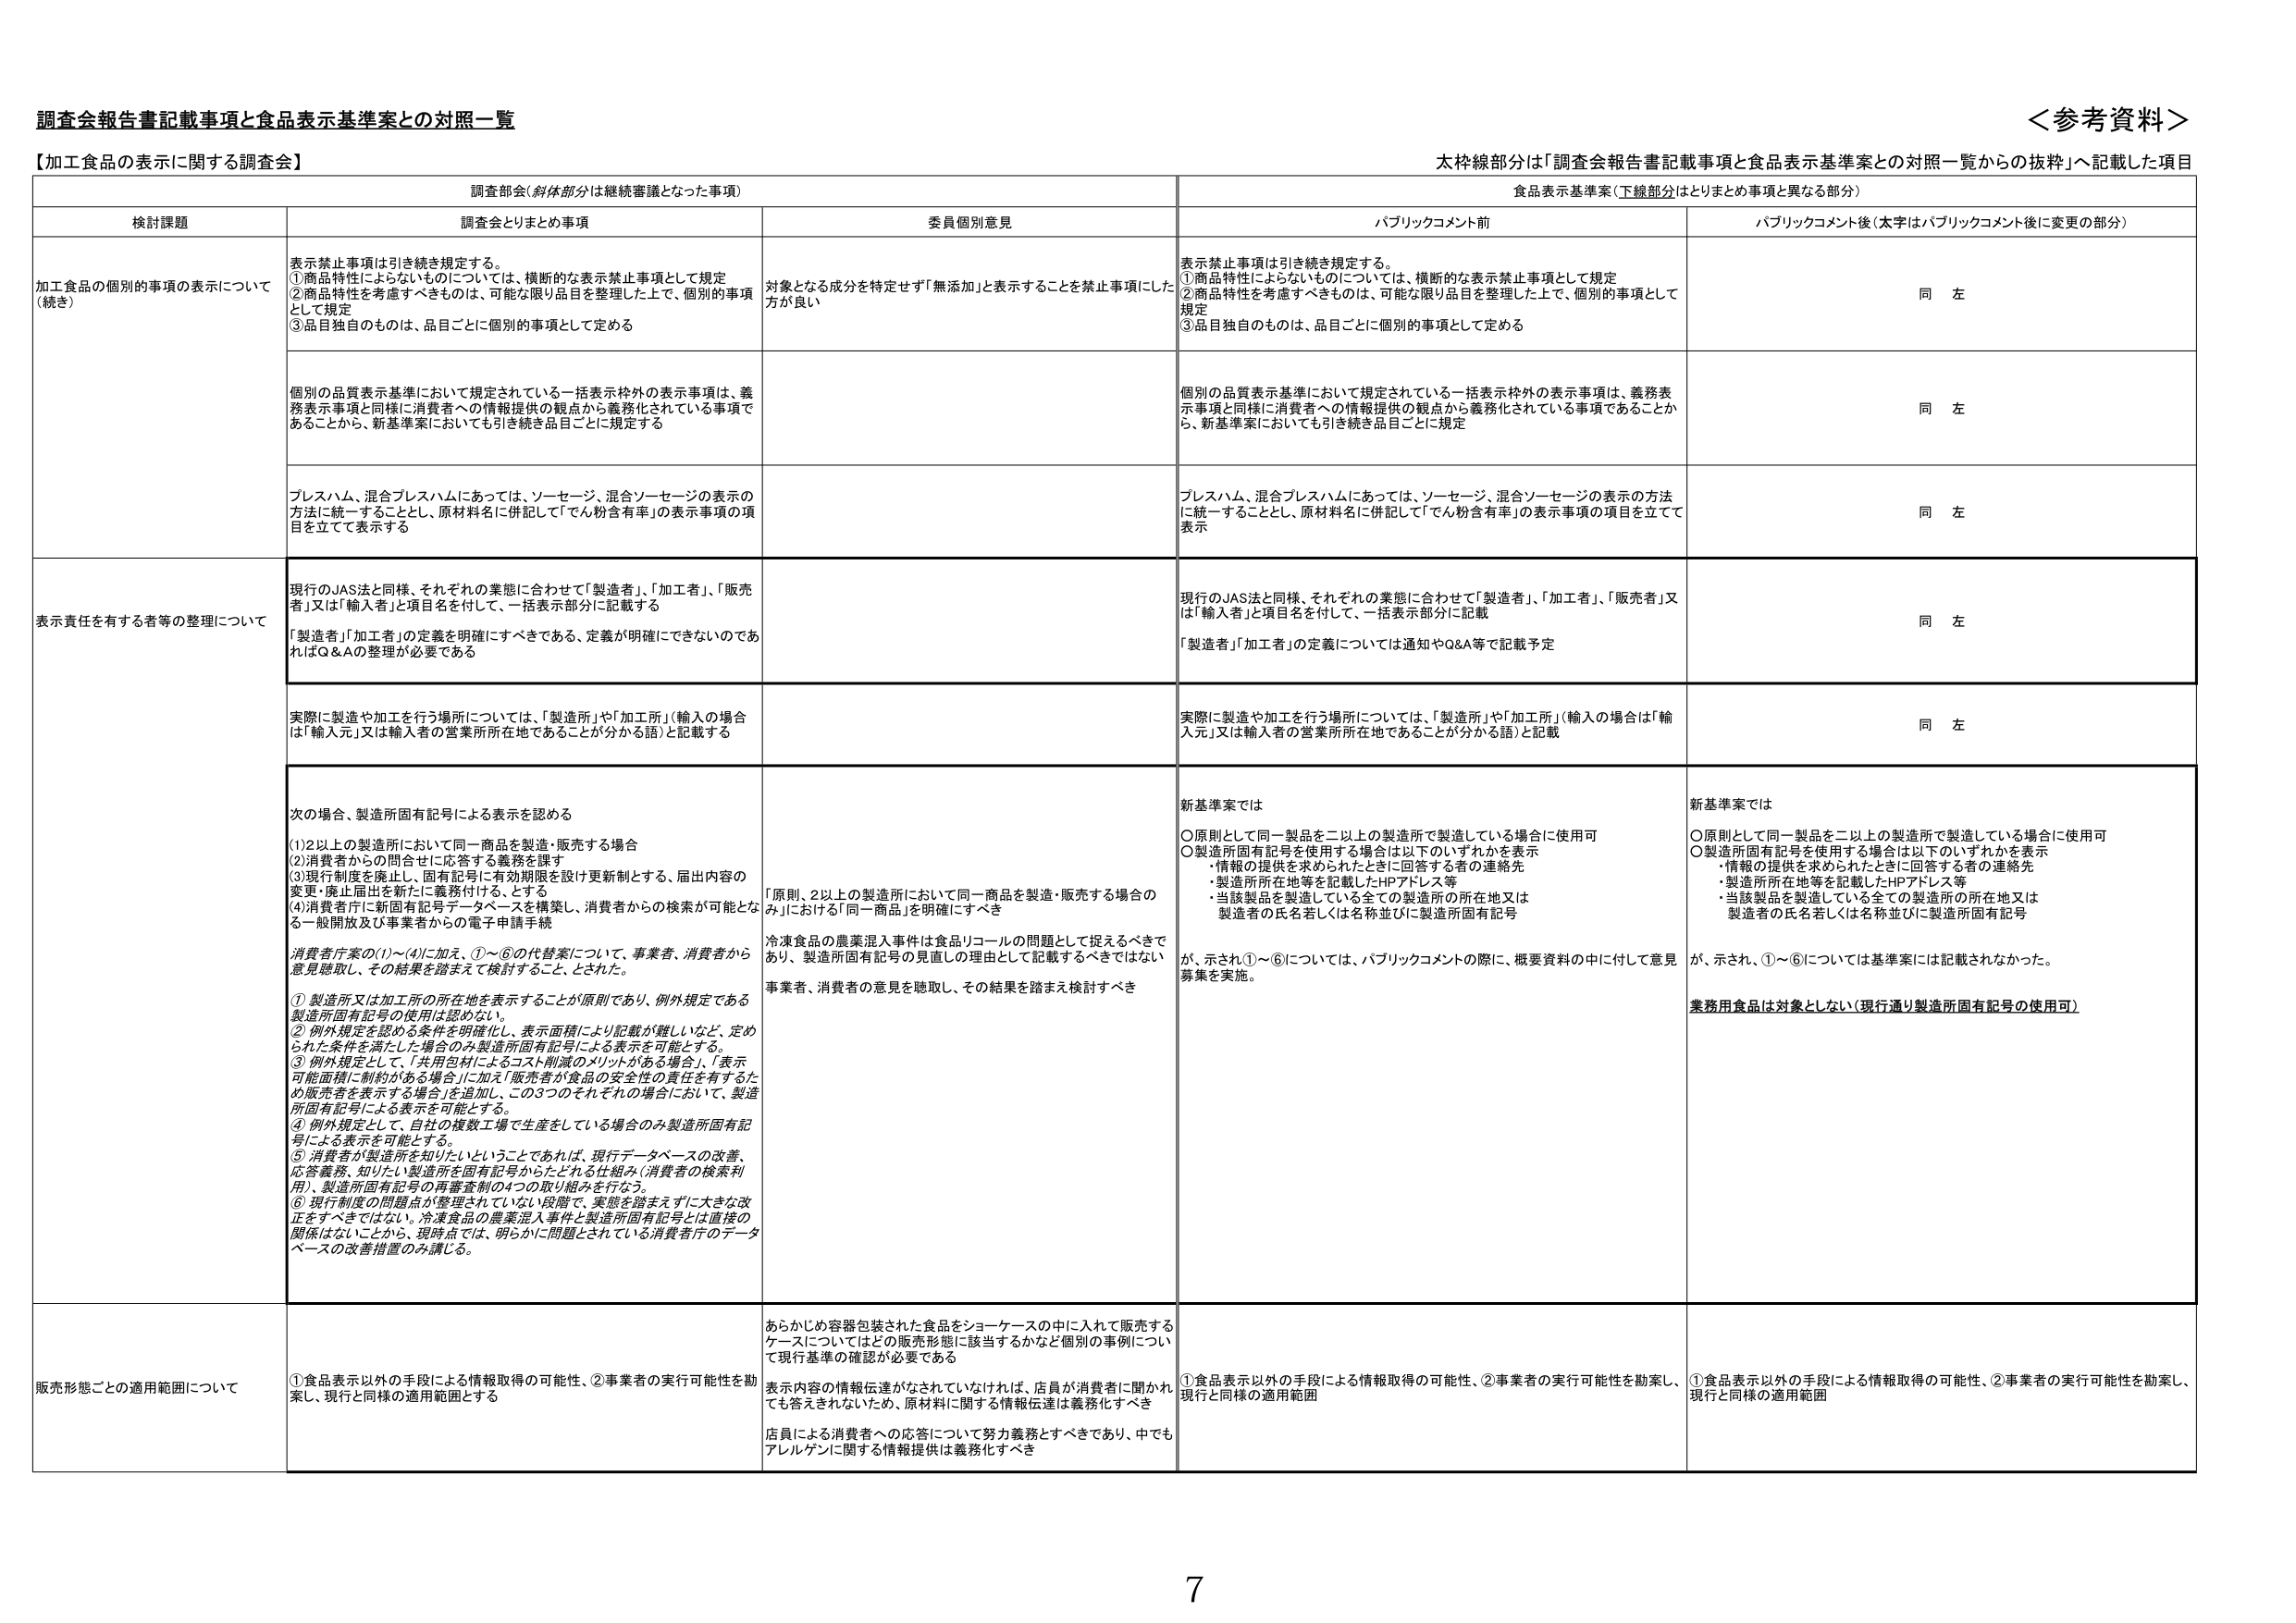
調査会報告書記載事項と食品表示基準案との対照一覧

＜参考資料＞

【加工食品の表示に関する調査会】

太枠線部分は「調査会報告書記載事項と食品表示基準案との対照一覧から の抜粋」へ記載した項目

調査部会（斜体部分は継続審議となった事項）

食品表示基準案（下線部分はとりまとめ事項と異なる部分）

検討課題

調査会とりまとめ事項

委員個別意見

パブリックコメント前

パブリックコメント後（太字はパブリックコメント後に変更の部分）

加工食品の個別的事項の表示について（続き）

表示禁止事項は引き続き規定する。
①商品特性によらないものについては、横断的な表示禁止事項として規定
②商品特性を考慮すべきものは、可能な限り品目を整理した上で、個別的事項として規定
③品目独自のものは、品目ごとに個別的事項として定める

対象となる成分を特定せず「無添加」と表示することを禁止事項にした方が良い

表示禁止事項は引き続き規定する。
①商品特性によらないものについては、横断的な表示禁止事項として規定
②商品特性を考慮すべきものは、可能な限り品目を整理した上で、個別的事項として規定
③品目独自のものは、品目ごとに個別的事項として定める

同 左

個別の品質表示基準において規定されている一括表示枠外の表示事項は、義務表示事項と同様に消費者への情報提供の観点から義務化されている事項であることから、新基準案においても引き続き品目ごとに規定する

個別の品質表示基準において規定されている一括表示枠外の表示事項は、義務表示事項と同様に消費者への情報提供の観点から義務化されている事項であることから、新基準案においても引き続き品目ごとに規定

同 左

プレスハム、混合プレスハムにあっては、ソーセージ、混合ソーセージの表示の方法に統一することとし、原材料名に併記して「てん粉含有率」の表示事項の項目を立てて表示する

プレスハム、混合プレスハムにあっては、ソーセージ、混合ソーセージの表示の方法に統一することとし、原材料名に併記して「てん粉含有率」の表示事項の項目を立てて表示

同 左

表示責任を有する者等の整理について

現行のJAS法と同様、それぞれの業態に合わせて「製造者」、「加工者」、「販売者」又は「輸入者」と項目名を付して、一括表示部分に記載する
「製造者」「加工者」の定義を明確にすべきである、定義が明確にできないのであればQ&Aの整理が必要である

現行のJAS法と同様、それぞれの業態に合わせて「製造者」、「加工者」、「販売者」又は「輸入者」と項目名を付して、一括表示部分に記載
「製造者」「加工者」の定義については通知やQ&A等で記載予定

同 左

実際に製造や加工を行う場所については、「製造所」や「加工所」（輸入の場合は「輸入元」又は輸入者の営業所所在地であることが分かる語）と記載する

実際に製造や加工を行う場所については、「製造所」や「加工所」（輸入の場合は「輸入元」又は輸入者の営業所所在地であることが分かる語）と記載

同 左

次の場合、製造所固有記号による表示を認める
(1)2以上の製造所において同一商品を製造・販売する場合
(2)消費者からの問合せに応答する義務を課す
(3)現行制度を廃止し、固有記号に有効期限を設け更新制とする、届出内容の変更・廃止届出を新たに義務付ける、とする
(4)消費者庁に新固有記号データベースを構築し、消費者からの検索が可能となる一般開放及び事業者からの電子申請手続

消費者庁案の(1)～(4)に加え、(①～⑥)の代替案について、事業者、消費者から意見聴取し、その結果を踏まえて検討すること、とされた。
① 製造所又は加工所の所在地を表示することが原則であり、例外規定である製造所固有記号の使用は認めない。
② 例外規定を認める条件を明確化し、表示面積により記載が難しいなど、定められた条件を満たした場合のみ製造所固有記号による表示を可能とする。
③ 例外規定として、「共用包材によるコスト削減のメリットがある場合」、「表示可能面積に制約がある場合」に加え「販売者が食品の安全性の責任を有するため販売者を表示する場合」を追加し、この3つのそれぞれの場合において、製造所固有記号による表示を可能とする。
④ 例外規定として、自社の複数工場で生産をしている場合のみ製造所固有記号による表示を可能とする。
⑤ 消費者が製造所を知りたいということであれば、現行データベースの改善、応答義務、知りたい製造所を固有記号からたどれる仕組み（消費者の検索利用）、製造所固有記号の再審査制の4つの取り組みを行なう。
⑥ 現行制度の問題点が整理されていない段階で、実態を踏まえずに大きな改正をすべきではない。冷凍食品の農薬混入事件と製造所固有記号とは直接の関係はないことから、現時点では、明らかに問題とされている消費者庁のデータベースの改善措置のみ講じる。

「原則、2以上の製造所において同一商品を製造・販売する場合のみ」における「同一商品」を明確にすべき
冷凍食品の農薬混入事件は食品リコールの問題として捉えるべきであり、製造所固有記号の見直しの理由として記載するべきではない
事業者、消費者の意見を聴取し、その結果を踏まえ検討すべき

新基準案では
〇原則として同一製品を二以上の製造所で製造している場合に使用可
〇製造所固有記号を使用する場合は以下のいずれかを表示
・情報の提供を求められたときに回答する者の連絡先
・製造所所在地等を記載したHPアドレス等
・当該製品を製造している全ての製造所の所在地又は製造者の氏名若しくは名称並びに製造所固有記号

が、示され①～⑥については、パブリックコメントの際に、概要資料の中に付して意見募集を実施。

新基準案では
〇原則として同一製品を二以上の製造所で製造している場合に使用可
〇製造所固有記号を使用する場合は以下のいずれかを表示
・情報の提供を求められたときに回答する者の連絡先
・製造所所在地等を記載したHPアドレス等
・当該製品を製造している全ての製造所の所在地又は製造者の氏名若しくは名称並びに製造所固有記号

が、示され、①～⑥については基準案には記載されなかった。
業務用食品は対象としない（現行通り製造所固有記号の使用可）

販売形態ごとの適用範囲について

①食品表示以外の手段による情報取得の可能性、②事業者の実行可能性を勘案し、現行と同様の適用範囲とする

あらかじめ容器包装された食品をショーケースの中に入れて販売するケースについてはどの販売形態に該当するかなど個別の事例について現行基準の確認が必要である
表示内容の情報伝達がなされていなければ、店員が消費者に聞かれても答えられないため、原材料に関する情報伝達は義務化すべき
店員による消費者への応答について努力義務とすべきであり、中でもアレルゲンに関する情報提供は義務化すべき

①食品表示以外の手段による情報取得の可能性、②事業者の実行可能性を勘案し、現行と同様の適用範囲

①食品表示以外の手段による情報取得の可能性、②事業者の実行可能性を勘案し、現行と同様の適用範囲

7